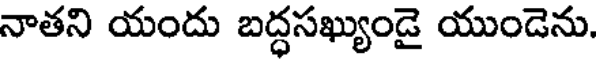
నాతని యందు బద్ధసఖ్యుండై యుండెను.